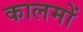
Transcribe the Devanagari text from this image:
कालमों